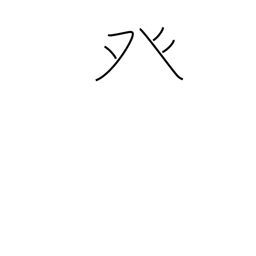
Meaning: dotted tent radical (no. 105)